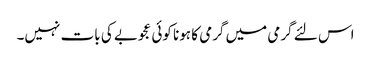
اس لئے گرمی میں گرمی کا ہونا کوئی عجوبے کی بات نہیں۔